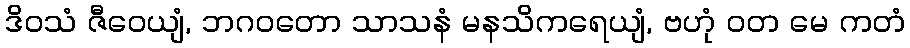
ဒိဝသံ ဇီဝေယျံ, ဘဂဝတော သာသနံ မနသိကရေယျံ, ဗဟုံ ဝတ မေ ကတံ